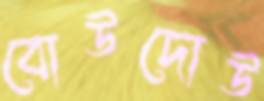
বোউদোউ